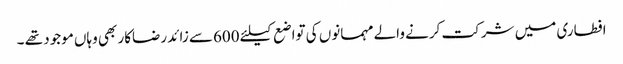
افطاری میں شرکت کرنے والے مہمانوں کی تواضع کیلئے 600سے زائد رضاکار بھی وہاں موجود تھے ۔